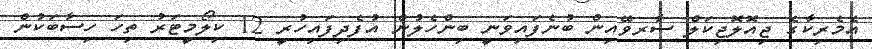
އެމެރިކާގެ ޖިއޮލޮޖިކަލް ސާރވޭއިން ބުނެފައިވަނީ ބިންހެލުން އުފެދިފައިހުރީ 12 ކިލޯމީޓަރު ތިހަ ހިސާބަކުން